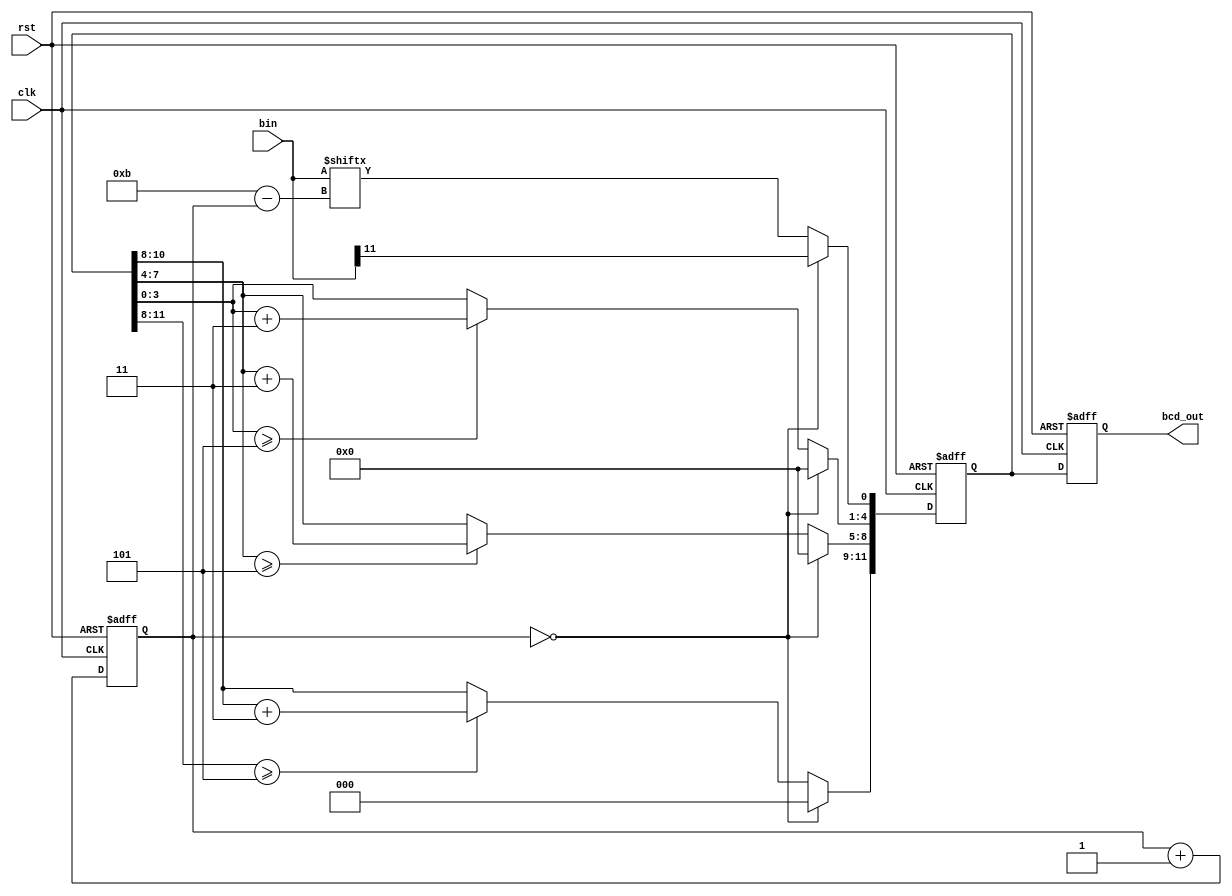

module bin2bcd(clk, rst, bin, bcd_out);

input clk, rst;
input [11:0] bin; //12bit    
reg [11:0] bcd;
output reg [11:0] bcd_out;

reg [5:0] i;

always  @(posedge  rst or posedge clk) begin
    if(rst) begin
    bcd <= {4'd0, 4'd0, 4'd0};
    i <= 0;
    end
    else begin
        if(i == 0) begin
            bcd[11:1] <= 11'b0000_0000_000;
            bcd[0] <= bin[11];
        end
        else begin
            bcd[11:9] <= (bcd[11:8] >= 3'd5) ? bcd[11:8] + 2'd3 : bcd[11:8];
            bcd[8:5] <= (bcd[7:4] >= 3'd5) ? bcd[7:4] + 2'd3 : bcd[7:4];
            bcd[4:1] <= (bcd[3:0] >= 3'd5) ? bcd[3:0] + 2'd3 : bcd[3:0];
            bcd[0] <= bin[11-i];
        end
        i <= i + 1;
    end
end

always @(posedge rst or posedge clk) begin
    if(rst) bcd_out <= {4'd0, 4'd0, 4'd0};
    else  bcd_out <= bcd;
end

endmodule